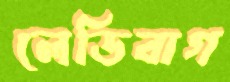
লেডিবাগ